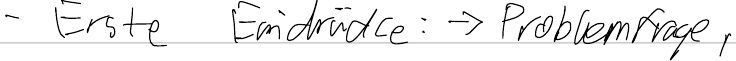
- Erste Eindrücke: -> Problemfrage,